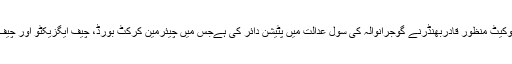
میڈیا رپورٹس کے مطابق ایڈووکیٹ منظور قادربھنڈرنے گوجرانوالہ کی سول عدالت میں پٹیشن دائر کی ہےجس میں چیئرمین کرکٹ بورڈ، چیف ایگزیکٹو اور چیف سلیکٹر کو فریق بنایا گیا ہے۔